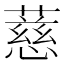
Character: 𬞧